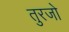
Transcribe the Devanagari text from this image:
तुरजो